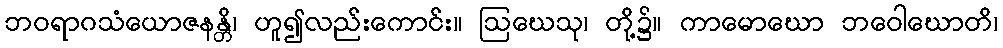
ဘဝရာဂသံယောဇနန္တိ၊ ဟူ၍လည်းကောင်း။ ဩဃေသု၊ တို့၌။ ကာမောဃော ဘဝေါဃောတိ၊